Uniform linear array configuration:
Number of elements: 32
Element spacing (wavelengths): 0.75
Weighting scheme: kaiser
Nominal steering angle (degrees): -45
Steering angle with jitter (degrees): -43.32
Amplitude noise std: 0.05
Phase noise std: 0.05

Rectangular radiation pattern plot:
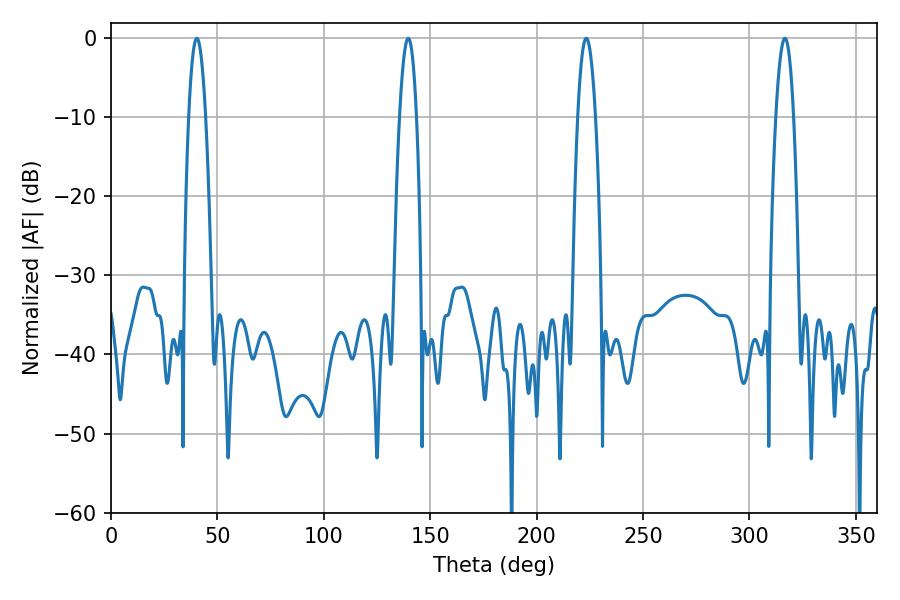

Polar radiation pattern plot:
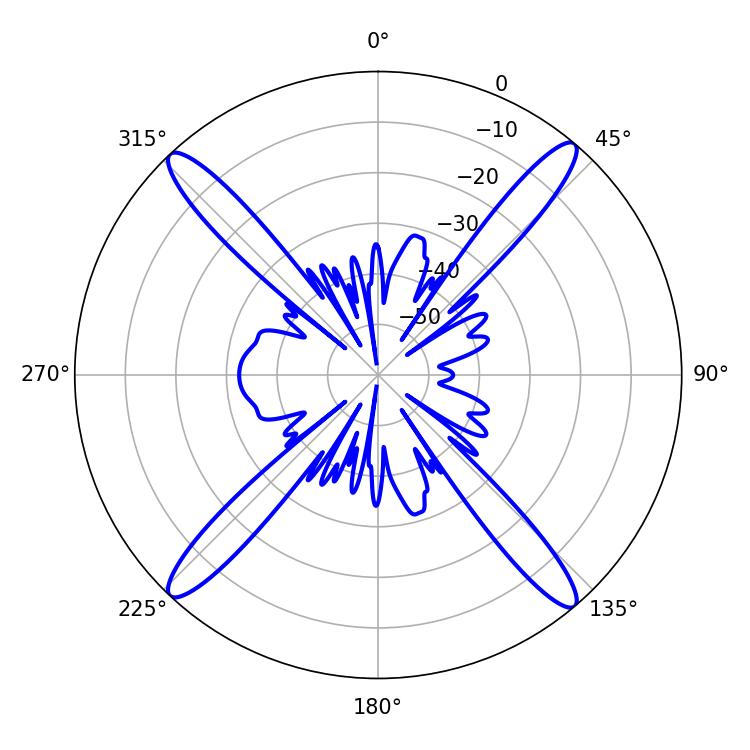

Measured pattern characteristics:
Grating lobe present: TRUE
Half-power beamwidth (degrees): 4.32
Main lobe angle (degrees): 40.32